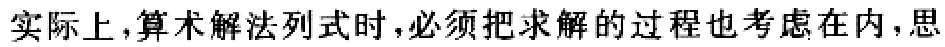
实际上,算术解法列式时,必须把求解的过程也考虑在内,思